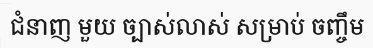
ជំនាញ មួយ ច្បាស់លាស់ សម្រាប់ ចញ្ចឹម